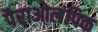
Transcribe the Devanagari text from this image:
पैराओलंपिक